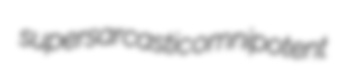
supersarcastic omnipotent